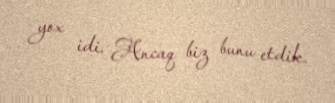
yox idi. Ancaq biz bunu etdik.